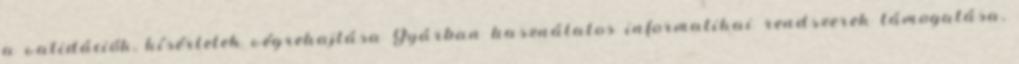
a validációk, kísérletek végrehajtása Gyárban használatos informatikai rendszerek támogatása,